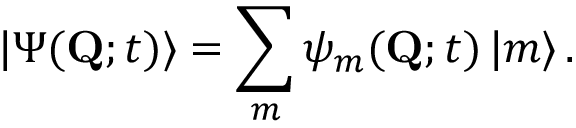
| \Psi ( { \bf Q } ; t ) \rangle = \sum _ { m } \psi _ { m } ( { \bf Q } ; t ) \, | m \rangle \, .